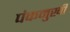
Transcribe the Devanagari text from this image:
पंकमुखी